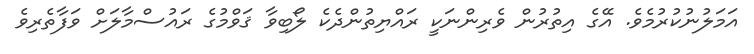
އަމަލުނުކުރުމެވެ. އޭގެ އިތުރުން ވެރިންނަކީ ރައްޔިތުންދެކެ ލޯބިވާ ޤަވްމުގެ ރައުސްމާލަށް ވަފާތެރިވެ